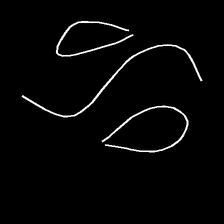
Glyph: water